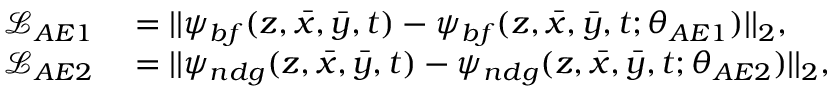
\begin{array} { r l } { \mathcal { L } _ { A E 1 } } & { { } = | | \psi _ { b f } ( z , \bar { x } , \bar { y } , t ) - \psi _ { b f } ( z , \bar { x } , \bar { y } , t ; \theta _ { A E 1 } ) | | _ { 2 } , } \\ { \mathcal { L } _ { A E 2 } } & { { } = | | \psi _ { n d g } ( z , \bar { x } , \bar { y } , t ) - \psi _ { n d g } ( z , \bar { x } , \bar { y } , t ; \theta _ { A E 2 } ) | | _ { 2 } , } \end{array}